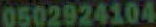
0502924104